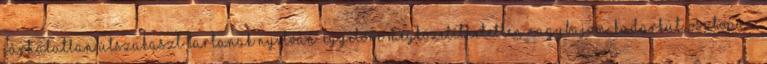
járhatatlan útszakaszt tartanak nyilván. Egyelőre megközelíthetetlen Nagybajom, Kadarkút, Osztopán,